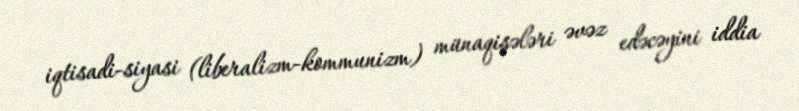
iqtisadi-siyasi (liberalizm-kommunizm) münaqişələri əvəz edəcəyini iddia